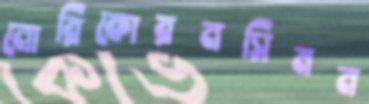
নোরিকোরনসিমন